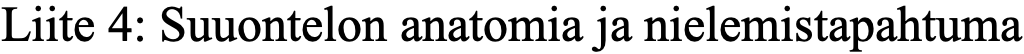
Liite 4: Suuontelon anatomia ja nielemistapahtuma